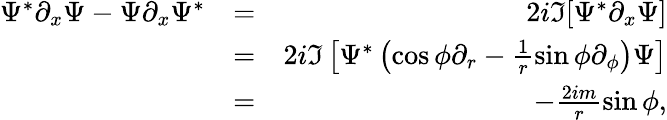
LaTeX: \begin{array}{rlr}{\Psi^{*}\partial_{x}\Psi-\Psi\partial_{x}\Psi^{*}}&{=}&{2i\Im[\Psi^{*}\partial_{x}\Psi]}\\ &{=}&{2i\Im\left[\Psi^{*}\left(\cos\phi\partial_{r}-\frac{1}{r}\sin\phi\partial_{\phi}\right)\Psi\right]}\\ &{=}&{-\frac{2im}{r}\sin\phi,}\end{array}